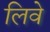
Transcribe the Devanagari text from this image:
लिवे